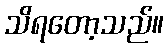
သိရတော့သည်။